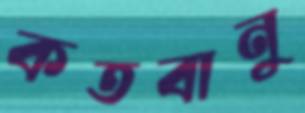
কতবানু